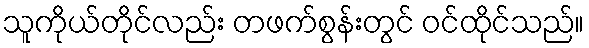
သူကိုယ်တိုင်လည်း တဖက်စွန်းတွင် ဝင်ထိုင်သည်။